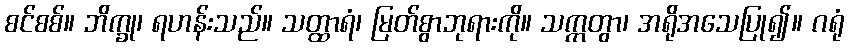
စင်စစ်။ ဘိက္ခု၊ ရဟန်းသည်။ သတ္ထာရံ၊ မြတ်စွာဘုရားကို။ သက္ကတွာ၊ အရိုအသေပြု၍။ ဂရုံ